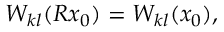
W _ { k l } ( R x _ { 0 } ) = W _ { k l } ( x _ { 0 } ) ,